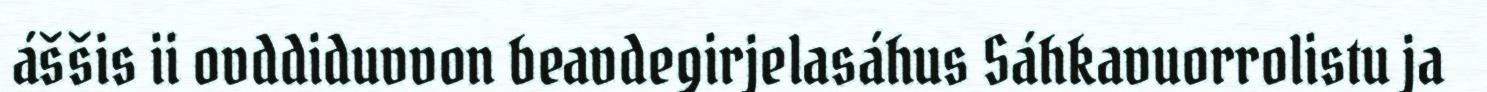
áššis ii ovddiduvvon beavdegirjelasáhus Sáhkavuorrolistu ja